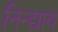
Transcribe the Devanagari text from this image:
निन्द्याय